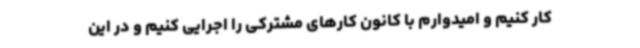
کار کنیم و امیدوارم با کانون کارهای مشترکی را اجرایی کنیم و در این